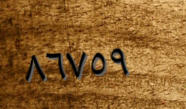
٨٦٧٥٩